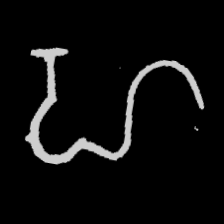
Pyu character \u2014 Myanmar letter: ဟ (romanized: ha)